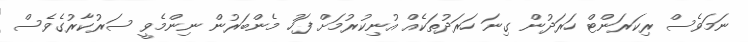
ނަމަވެސް ރިކަރަންޓް ހަރަދުން ގިނަ ހަރަދުތަކެއް އުނިކުރުމަށް ފަހު މެންބަރުން ނިންމެވީ ސަރުކާރުގެވެސް